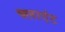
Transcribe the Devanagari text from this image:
क्‍लाएंट